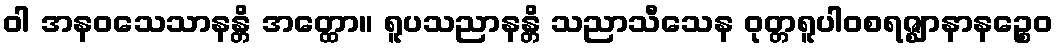
ဝါ အနဝသေသာနန္တိ အတ္ထော။ ရူပသညာနန္တိ သညာသီသေန ဝုတ္တရူပါဝစရဇ္ဈာနာနဉ္စေဝ